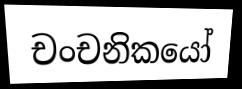
චංචනිකයෝ